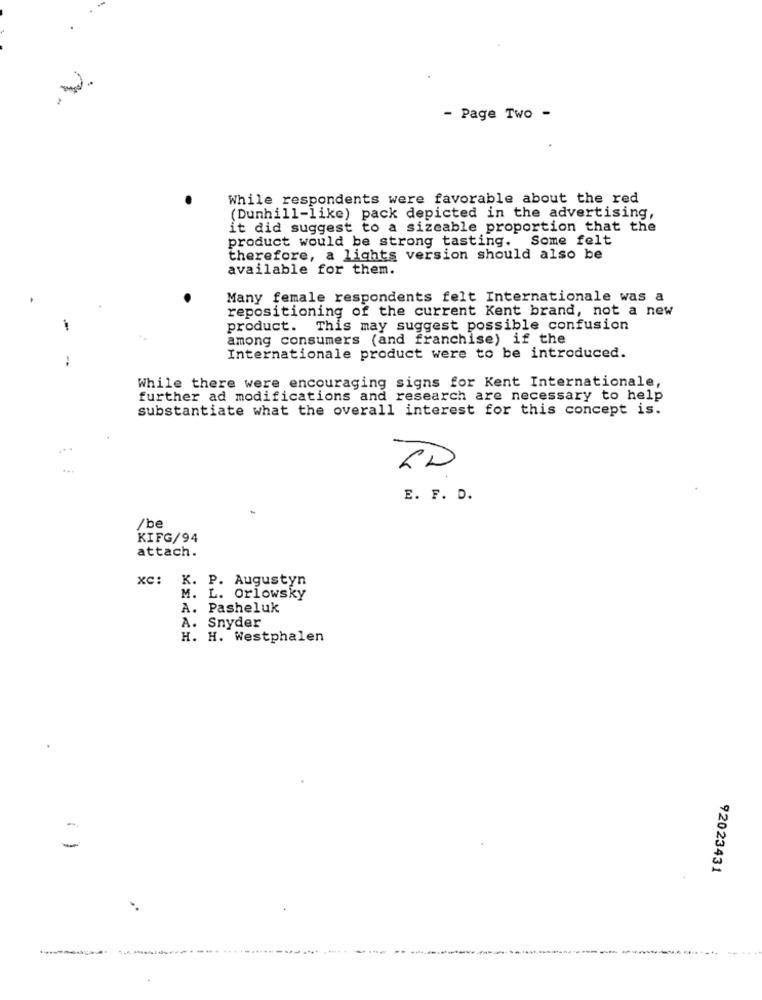
- Page Two -
While respondents were favorable about the red
(Dunhill-like) pack depicted in the advertising,
it did suggest to a sizeable proportion that the
product would be strong tasting. Some felt
therefore, a lights version should also be
available for them.
Many female respondents felt Internationale was a
repositioning of the current Kent brand, not a new
product. This may suggest possible confusion
among consumers (and franchise) if the
:
Internationale product were to be introduced.
While there were encouraging signs for Kent Internationale,
further ad modifications and research are necessary to help
substantiate what the overall interest for this concept is.
...
ZD
E. F. D.
/be
KIFG/94
attach.
xc: K. P. Augustyn
M. L. Orlowsky
A. Pasheluk
A. Snyder
H. H. Westphalen
92023431